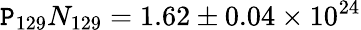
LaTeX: \mathtt{P}_{129}N_{129}=1.62\pm0.04\times10^{24}